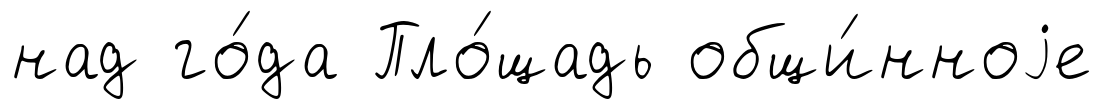
над го́да Пло́щадь общи́нноjе